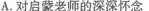
A.对启蒙老师的深深怀念